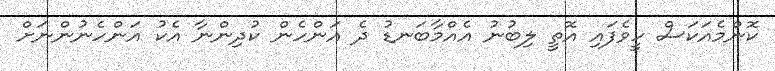
ކޮންމެއަކަސް ހީވެފައި އޮތީ ލިބުނު އެއްމާބަނޑު ދެ އަންހެން ކުދިންނާ އެކު އަންހެނުންނަށް